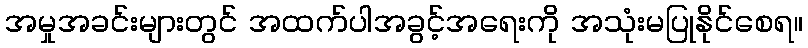
အမှုအခင်းများတွင် အထက်ပါအခွင့်အရေးကို အသုံးမပြုနိုင်စေရ။